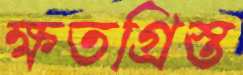
ক্ষতগ্রিস্ত